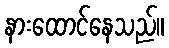
နားထောင်နေသည်။